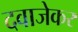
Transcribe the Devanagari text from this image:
दवाजेकर